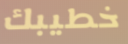
خطيبك